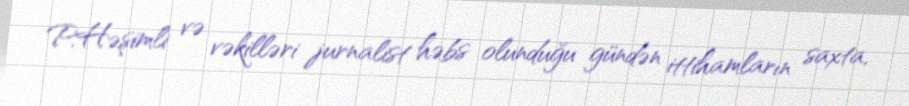
P.Həşimli və vəkilləri jurnalist həbs olunduğu gündən ittihamların saxta,